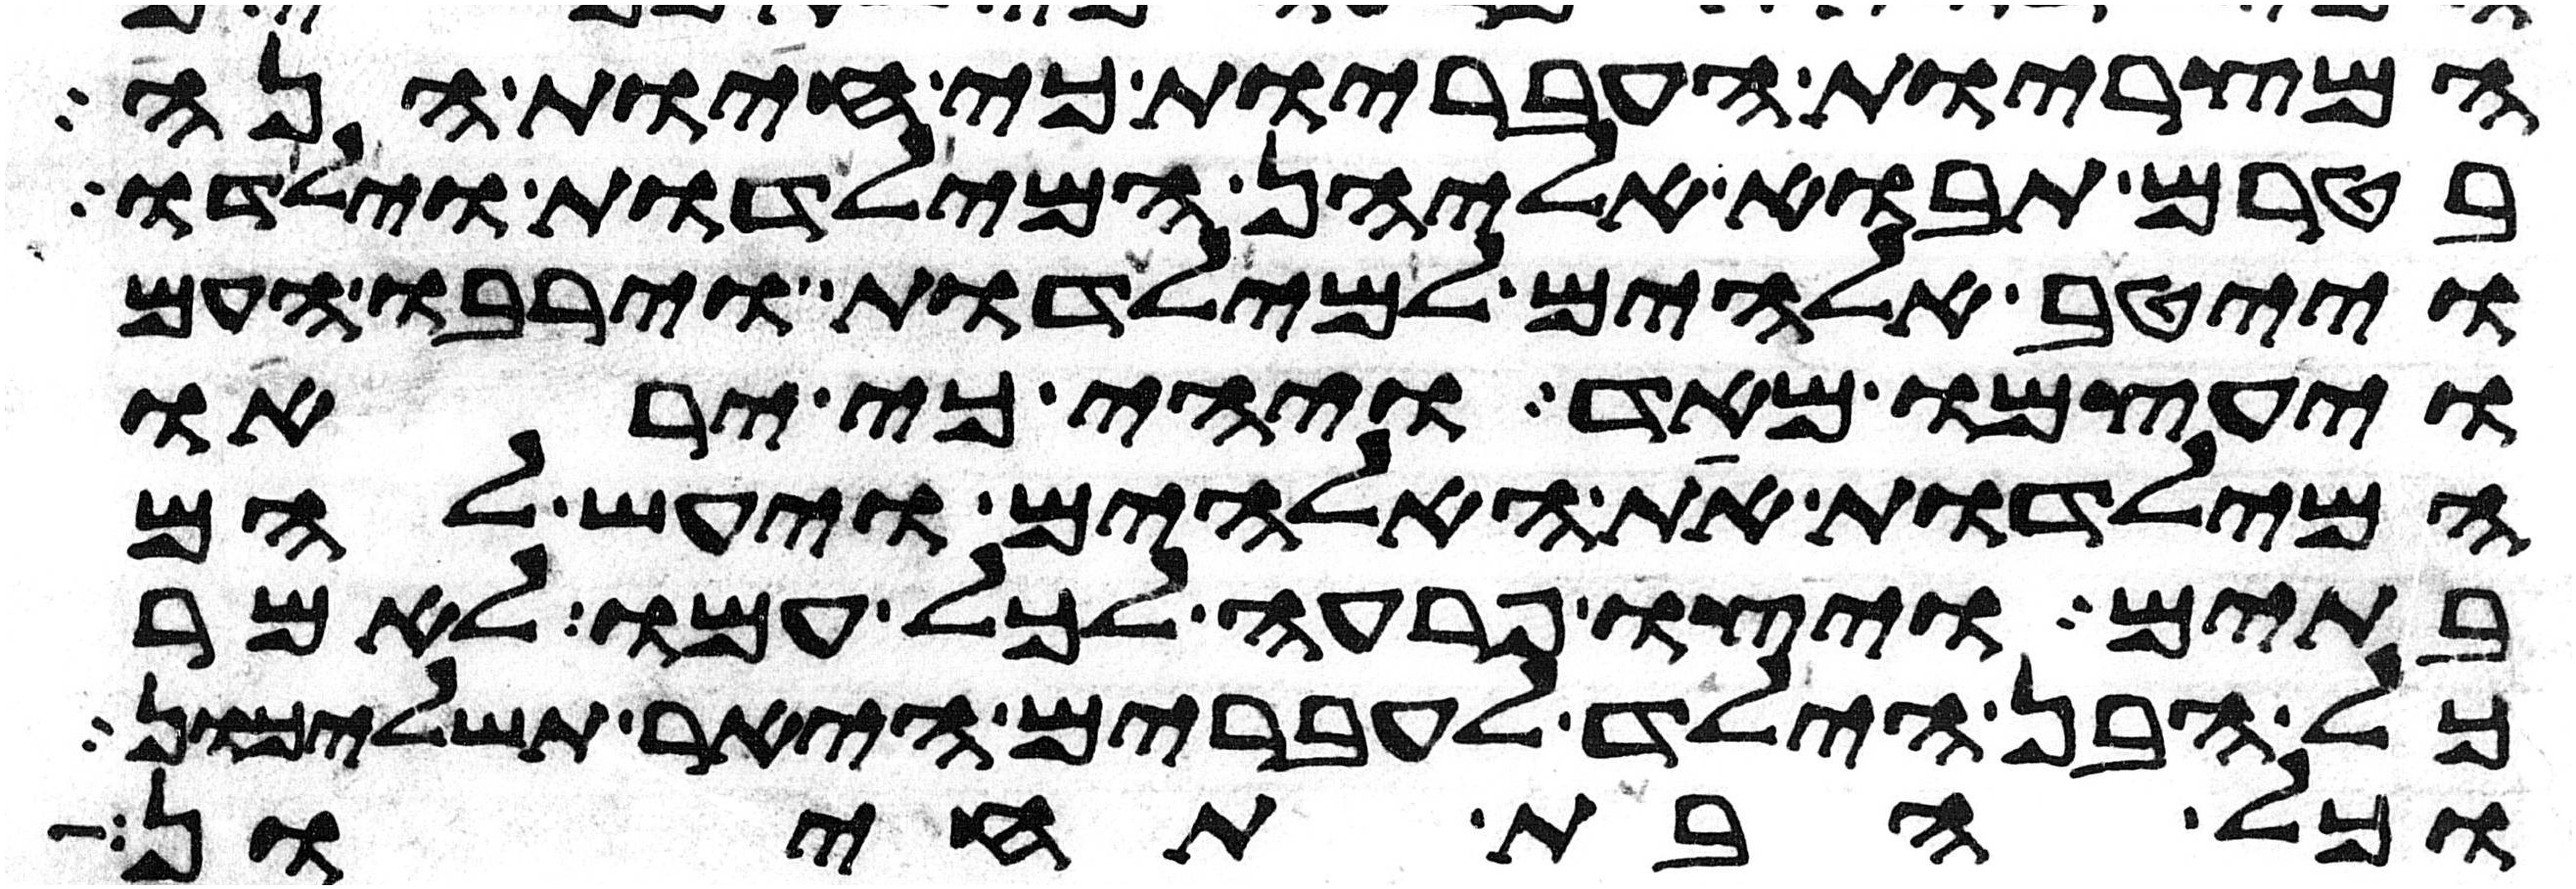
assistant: המצריות העבריות כי חיות הנה
בטרם תבוא אליהן המילדות וילדו
וייטב אלהים למילדות וירבו העם
ויעצמו מאד ויהי כי יראו
המילדות את האלהים ויעש להם
בתים ויצו פרעה לכל עמו לאמר
כל הבן הילד לעברים היאר תשליכון
וכל הבת תחיון